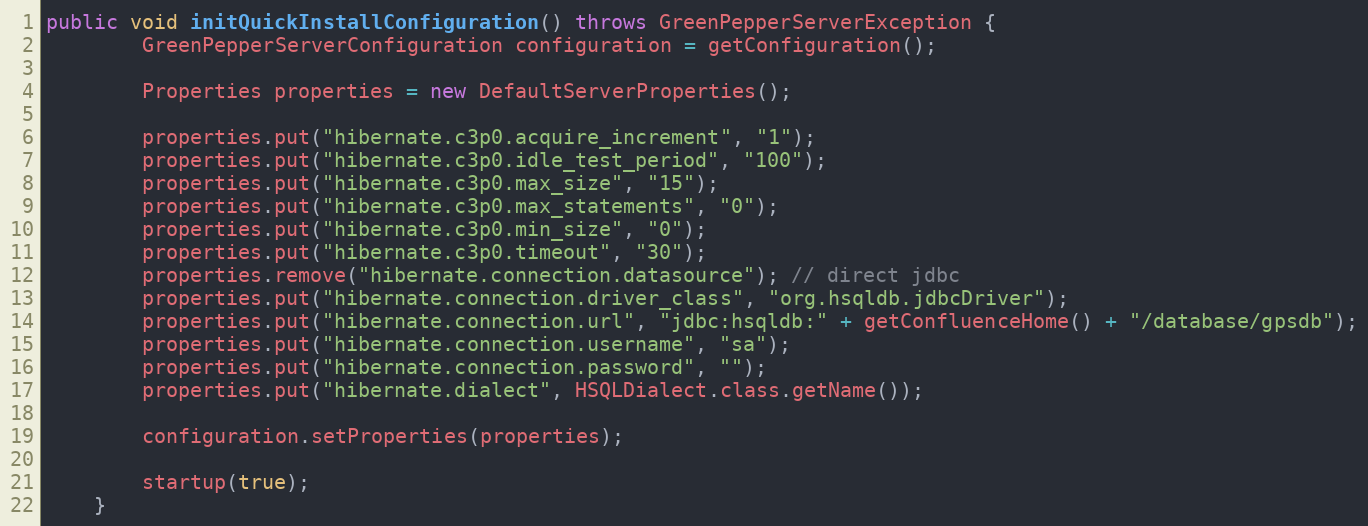
Language: Java
public void initQuickInstallConfiguration() throws GreenPepperServerException {
        GreenPepperServerConfiguration configuration = getConfiguration();

        Properties properties = new DefaultServerProperties();

        properties.put("hibernate.c3p0.acquire_increment", "1");
        properties.put("hibernate.c3p0.idle_test_period", "100");
        properties.put("hibernate.c3p0.max_size", "15");
        properties.put("hibernate.c3p0.max_statements", "0");
        properties.put("hibernate.c3p0.min_size", "0");
        properties.put("hibernate.c3p0.timeout", "30");
        properties.remove("hibernate.connection.datasource"); // direct jdbc
        properties.put("hibernate.connection.driver_class", "org.hsqldb.jdbcDriver");
        properties.put("hibernate.connection.url", "jdbc:hsqldb:" + getConfluenceHome() + "/database/gpsdb");
        properties.put("hibernate.connection.username", "sa");
        properties.put("hibernate.connection.password", "");
        properties.put("hibernate.dialect", HSQLDialect.class.getName());

        configuration.setProperties(properties);

        startup(true);
    }